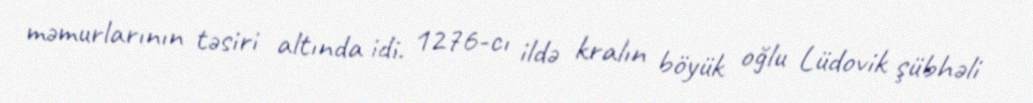
məmurlarının təsiri altında idi. 1276-cı ildə kralın böyük oğlu Lüdovik şübhəli